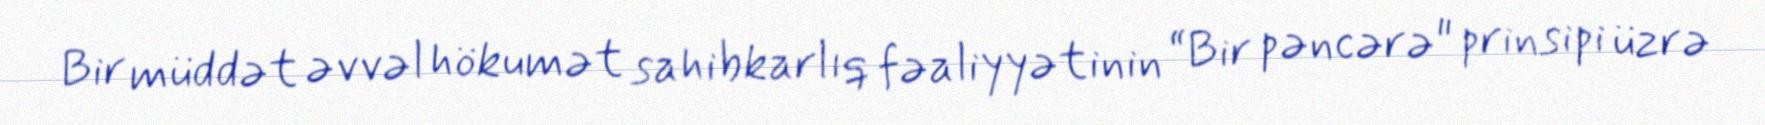
Bir müddət əvvəl hökumət sahibkarlıq fəaliyyətinin “Bir pəncərə" prinsipi üzrə